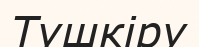
Түшкіру